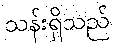
သန်းရှိသည်